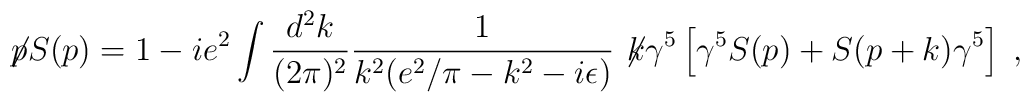
\not\! p S(p)=1-ie^2\int\frac{d^2k}{(2\pi)^2}\frac{1}{k^2(e^2/\pi-k^2 -i\epsilon)}\not\! k\gamma^5\left[\gamma^5S(p)+S(p+k)\gamma^5\right]\; ,